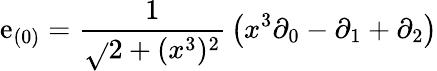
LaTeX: \mathrm{e}_{(0)}={\frac{{1}}{{\sqrt{}{{2+(x^{3})^{2}}}}}}\left(x^{3}\partial_{0}-\partial_{1}+\partial_{2}\right)